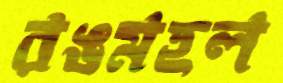
রঙমহল